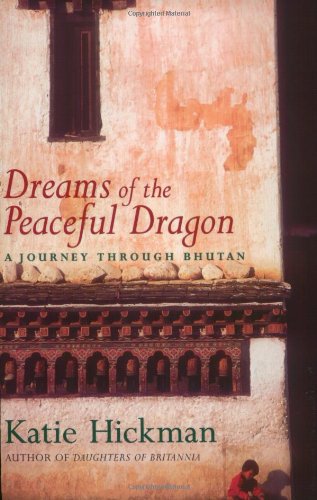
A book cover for Dreams of the Peaceful Dragon: A Journey Through Bhutan; Katie Hickman; Travel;